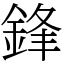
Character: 鋒